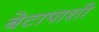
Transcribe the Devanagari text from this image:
बेटापाशी